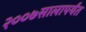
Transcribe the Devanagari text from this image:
२००७सालापर्यंत